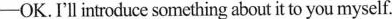
-OK.I'll introduce something about it to you myself.